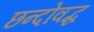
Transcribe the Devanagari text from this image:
छन्दोवद्ध